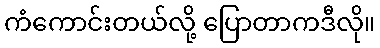
ကံကောင်းတယ်လို့ ပြောတာကဒီလို။